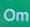
Om